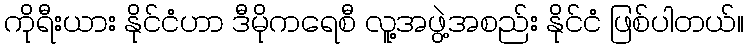
ကိုရီးယား နိုင်ငံဟာ ဒီမိုကရေစီ လူ့အဖွဲ့အစည်း နိုင်ငံ ဖြစ်ပါတယ်။